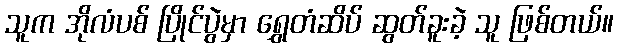
သူက အိုလံပစ် ပြိုင်ပွဲမှာ ရွှေတံဆိပ် ဆွတ်ခူးခဲ့ သူ ဖြစ်တယ်။